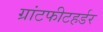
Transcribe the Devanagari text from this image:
ग्रांटफीटहर्डर